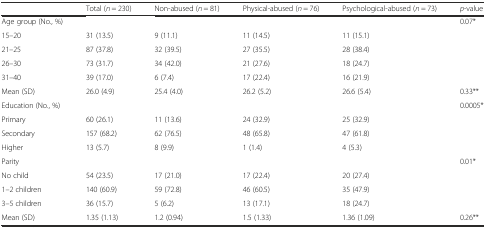
<table><thead><tr><td></td><td><b>Total (<i>n</i> = 230)</b></td><td><b>Non-abused (<i>n</i> = 81)</b></td><td><b>Physical-abused (<i>n</i> = 76)</b></td><td><b>Psychological-abused (<i>n</i> = 73)</b></td><td><b><i>p</i>-value</b></td></tr></thead><tbody><tr><td>Age group (No., %)</td><td></td><td></td><td></td><td></td><td>0.07*</td></tr><tr><td>15–20</td><td>31 (13.5)</td><td>9 (11.1)</td><td>11 (14.5)</td><td>11 (15.1)</td><td></td></tr><tr><td>21–25</td><td>87 (37.8)</td><td>32 (39.5)</td><td>27 (35.5)</td><td>28 (38.4)</td><td></td></tr><tr><td>26–30</td><td>73 (31.7)</td><td>34 (42.0)</td><td>21 (27.6)</td><td>18 (24.7)</td><td></td></tr><tr><td>31–40</td><td>39 (17.0)</td><td>6 (7.4)</td><td>17 (22.4)</td><td>16 (21.9)</td><td></td></tr><tr><td>Mean (SD)</td><td>26.0 (4.9)</td><td>25.4 (4.0)</td><td>26.2 (5.2)</td><td>26.6 (5.4)</td><td>0.33**</td></tr><tr><td>Education (No., %)</td><td></td><td></td><td></td><td></td><td>0.0005*</td></tr><tr><td>Primary</td><td>60 (26.1)</td><td>11 (13.6)</td><td>24 (32.9)</td><td>25 (32.9)</td><td></td></tr><tr><td>Secondary</td><td>157 (68.2)</td><td>62 (76.5)</td><td>48 (65.8)</td><td>47 (61.8)</td><td></td></tr><tr><td>Higher</td><td>13 (5.7)</td><td>8 (9.9)</td><td>1 (1.4)</td><td>4 (5.3)</td><td></td></tr><tr><td>Parity</td><td></td><td></td><td></td><td></td><td>0.01*</td></tr><tr><td>No child</td><td>54 (23.5)</td><td>17 (21.0)</td><td>17 (22.4)</td><td>20 (27.4)</td><td></td></tr><tr><td>1–2 children</td><td>140 (60.9)</td><td>59 (72.8)</td><td>46 (60.5)</td><td>35 (47.9)</td><td></td></tr><tr><td>3–5 children</td><td>36 (15.7)</td><td>5 (6.2)</td><td>13 (17.1)</td><td>18 (24.7)</td><td></td></tr><tr><td>Mean (SD)</td><td>1.35 (1.13)</td><td>1.2 (0.94)</td><td>1.5 (1.33)</td><td>1.36 (1.09)</td><td>0.26**</td></tr></tbody></table>